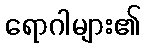
ရောဂါများ၏